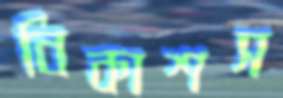
বিকাশস